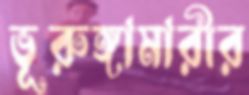
ভূরুঙ্গামারীর